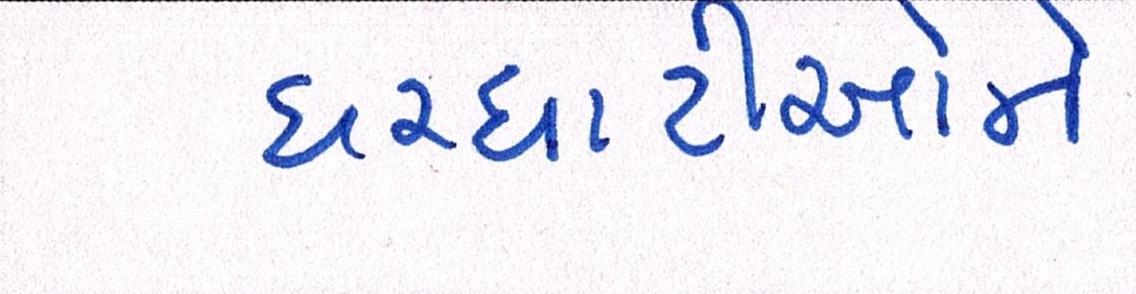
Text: ઘરઘાટીઓને